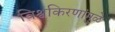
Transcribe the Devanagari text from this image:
विश्वकिरणांमुळे